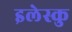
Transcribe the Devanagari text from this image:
इलेस्कु